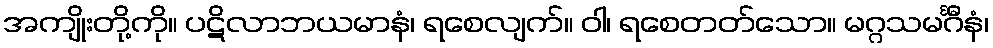
အကျိုးတို့ကို။ ပဋိလာဘယမာနံ၊ ရစေလျက်။ ဝါ၊ ရစေတတ်သော။ မဂ္ဂသမင်္ဂီနံ၊